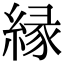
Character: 縁